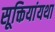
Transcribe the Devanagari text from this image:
सूक्तियांयथा